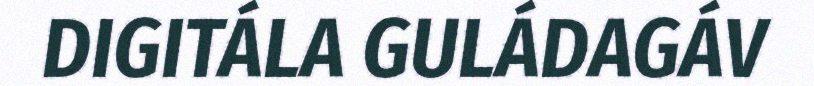
DIGITÁLA GULÁDAGÁV